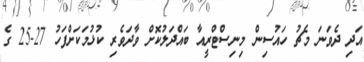
އަދި ދެވަނަ މެޗު ހައުސިން މިނިސްޓްރީއާ ބައްދަލުކޮށް ވާދަވެރި ކުޅުމަކަށްފަހު 27-25 ގެ